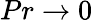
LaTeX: Pr\to 0